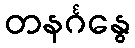
တနင်္ဂနွေ